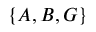
\{ A , B , G \}